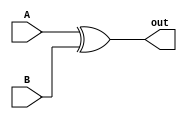
module bitwise_xor #(parameter WIDTH=1)(A, B, out);
    input [WIDTH-1:0] A, B;
    output [WIDTH-1:0] out;

    genvar i;
    generate
        for (i = 0; i < WIDTH; i = i + 1) begin
            xor XOR1(out[i], A[i], B[i]);
        end
    endgenerate
endmodule